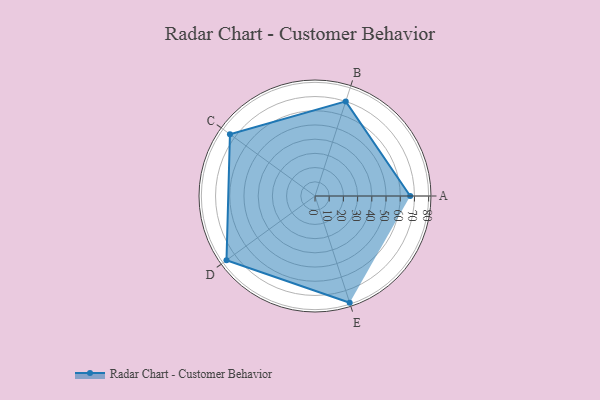
{"axis": {"x": "Skill", "y": "Score"}, "legend": ["Profile"], "data": [{"x": "A", "y": 67.0, "type": "Profile"}, {"x": "B", "y": 70.0, "type": "Profile"}, {"x": "C", "y": 74.0, "type": "Profile"}, {"x": "D", "y": 77.0, "type": "Profile"}, {"x": "E", "y": 79.0, "type": "Profile"}]}